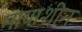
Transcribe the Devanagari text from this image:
मायाशीन